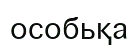
особьқа